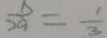
\frac { b } { 2 a } = \frac { 1 } { 3 }